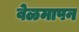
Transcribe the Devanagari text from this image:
वेळमापन